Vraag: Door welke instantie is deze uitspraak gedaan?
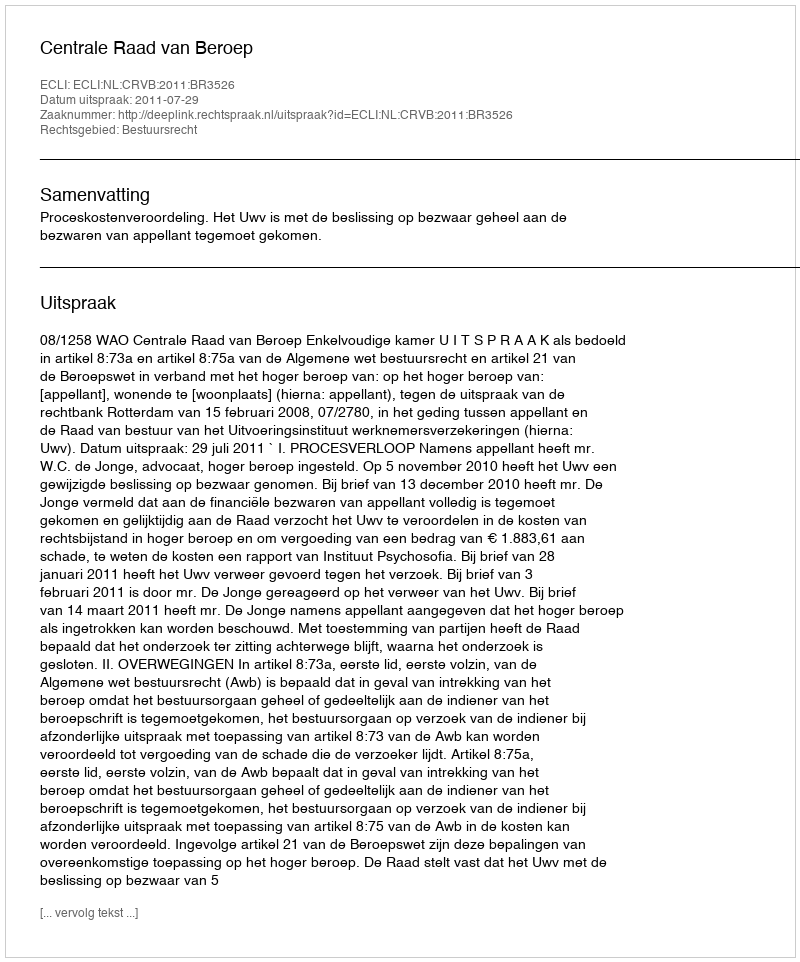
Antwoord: Centrale Raad van Beroep